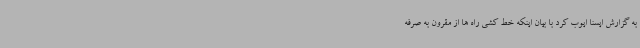
به گزارش ایسنا ایوب کرد با بیان اینکه خط کشی راه ها از مقرون به صرفه